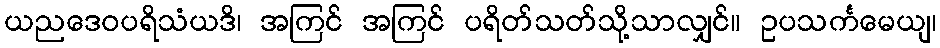
ယညဒေဝပရိသံယဒိ၊ အကြင် အကြင် ပရိတ်သတ်သို့သာလျှင်။ ဥပသင်္ကမေယျ၊